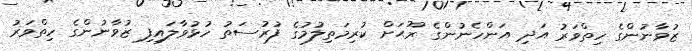
ޒުވާނުންގެ ހިތްވަރު އަދި އަންހެނުންގެ ރޫޙަށް ކުރިމަތިލުމުގެ ފުރުސަތު ހުޅުވާލައިފި ޒުވާނުންގެ ހިތްވަރު